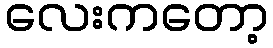
လေးကတော့